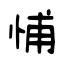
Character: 悑